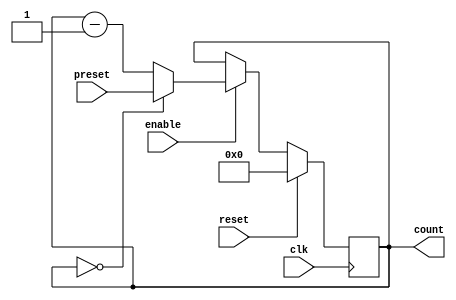
module BCD_Down_Counter_with_Enable (
    input wire clk,
    input wire reset,
    input wire enable,
    input wire [3:0] preset,
    output reg [3:0] count
);

reg [3:0] next_count;

always @(posedge clk) begin
    if (reset) begin
        count <= 4'b0000;
    end else if (enable) begin
        count <= next_count;
    end
end

always @* begin
    if (count == 4'b0000) begin
        next_count = preset;
    end else begin
        next_count = count - 1;
    end
end

endmodule